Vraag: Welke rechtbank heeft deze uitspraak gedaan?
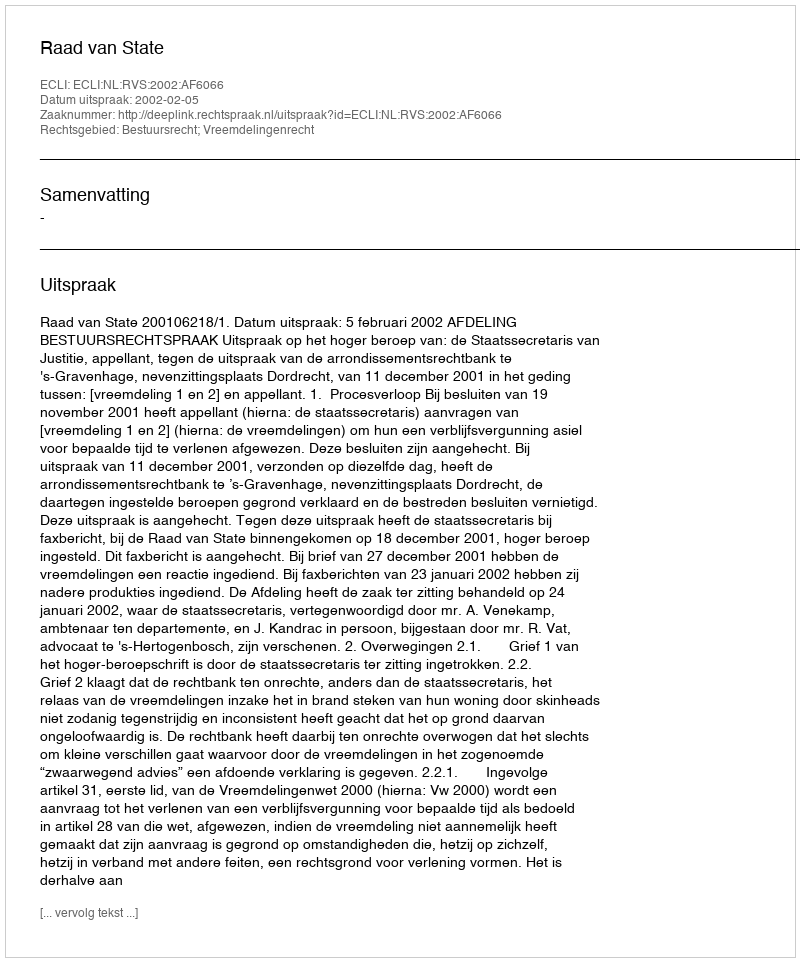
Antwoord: Raad van State